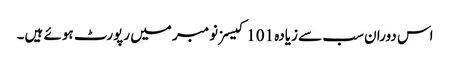
اس دوران سب سے زیادہ 101 کیسز نومبر میں رپورٹ ہوئے ہیں۔